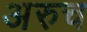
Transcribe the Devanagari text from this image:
अरुच